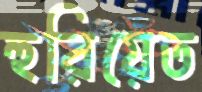
হুরিয়েত